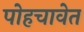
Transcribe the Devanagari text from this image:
पोहचावेत